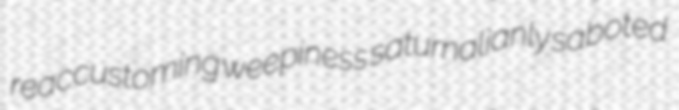
reaccustoming weepiness saturnalianly saboted